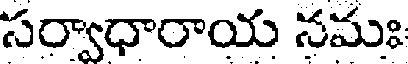
సర్వాధారాయ నమః